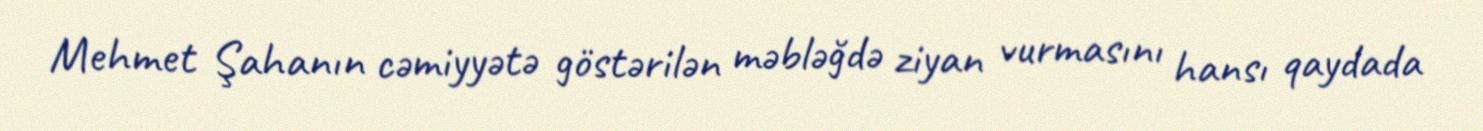
Mehmet Şahanın cəmiyyətə göstərilən məbləğdə ziyan vurmasını hansı qaydada